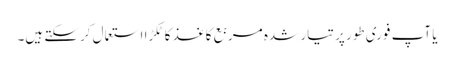
یا آپ فوری طور پر تیار شدہ مربع کاغذ کا ٹکڑا استعمال کرسکتے ہیں۔